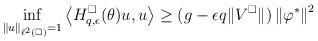
LaTeX: \begin{align*} \inf_{\|u\|_{\ell^2(\square)}=1} \left \langle H_{q, \epsilon}^\square(\theta) u,u \right \rangle \geq (g -\epsilon q \|V^\square\|)\left\| \varphi^* \right\|^2\end{align*}